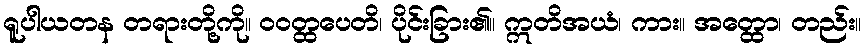
ရူပါယတန တရားတို့ကို။ ဝဝတ္ထပေတိ၊ ပိုင်းခြား၏။ ဣတိအယံ၊ ကား။ အတ္ထော၊ တည်း။